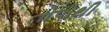
તોપોથી